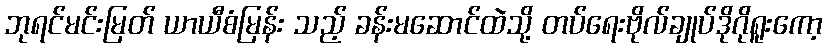
ဘုရင်မင်းမြတ် ယာယီစံမြန်း သည့် ခန်းမဆောင်ထဲသို့ တပ်ရေးဗိုလ်ချုပ်ဒိုဂိုရူးကော့